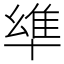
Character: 𠦼